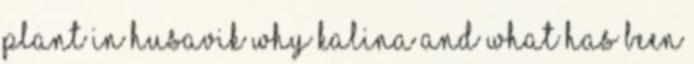
plant in Husavik why Kalina and what has been